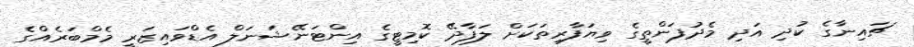
ޗައިނާގެ ކުދި އަދި މެދުފަންތީގެ ވިޔަފާރިތަކަށް ލަފާދޭ ކޮމިޓީގެ އިންޓަނޭޝަނަލް އެޑްވައިޒަރީ މެމްބަރެއްގެ